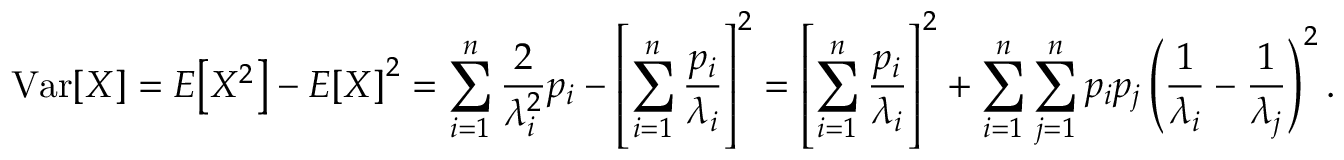
\operatorname { V a r } [ X ] = E \! \left[ X ^ { 2 } \right] - E \! \left[ X \right] ^ { 2 } = \sum _ { i = 1 } ^ { n } { \frac { 2 } { \lambda _ { i } ^ { 2 } } } p _ { i } - \left[ \sum _ { i = 1 } ^ { n } { \frac { p _ { i } } { \lambda _ { i } } } \right] ^ { 2 } = \left[ \sum _ { i = 1 } ^ { n } { \frac { p _ { i } } { \lambda _ { i } } } \right] ^ { 2 } + \sum _ { i = 1 } ^ { n } \sum _ { j = 1 } ^ { n } p _ { i } p _ { j } \left( { \frac { 1 } { \lambda _ { i } } } - { \frac { 1 } { \lambda _ { j } } } \right) ^ { 2 } .